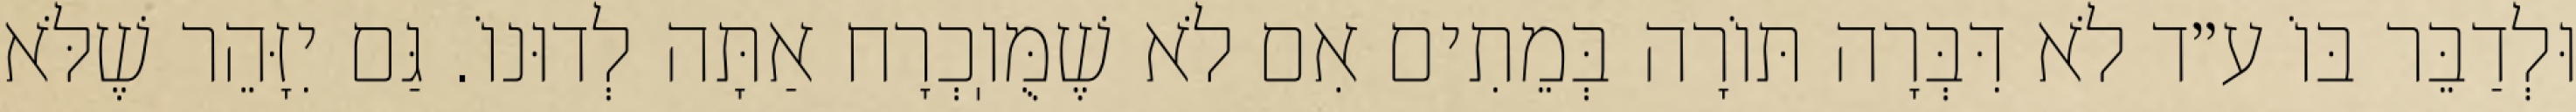
וּלְדַבֵּר בּוֹ ע״ד לֹא דִּבְּרָה תּוֹרָה בְּמֵתִים אִם לֹא שֶׁמֻּוֽכְרָח אַתָּה לְדוּנוֹ. גַּם יִזָּהֵר שֶׁלֹּא